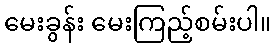
မေးခွန်း မေးကြည့်စမ်းပါ။